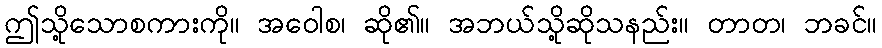
ဤသို့သောစကားကို။ အဝေါစ၊ ဆို၏။ အဘယ်သို့ဆိုသနည်း။ တာတ၊ ဘခင်။